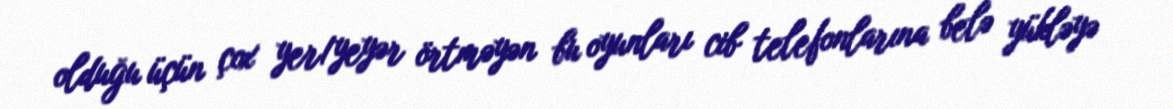
olduğu üçün çox yer/yeyər örtməyən bu oyunları cib telefonlarına belə yükləyə